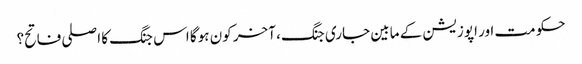
حکومت اور اپوزیشن کے مابین جاری جنگ، آخر کون ہوگا اس جنگ کا اصلی فاتح؟